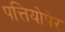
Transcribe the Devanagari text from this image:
पत्तियोपेर